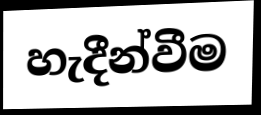
හැදීන්වීම